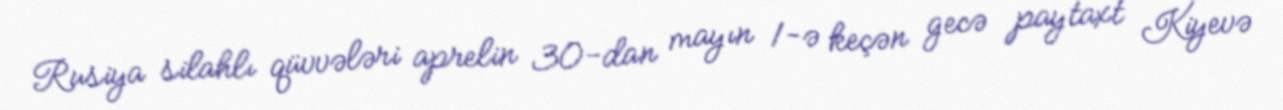
Rusiya silahlı qüvvələri aprelin 30-dan mayın 1-ə keçən gecə paytaxt Kiyevə